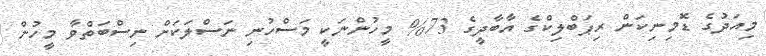
މިއަދުގެ ޑޮމިނިކަން ރިޕަބްލިކްގެ އާބާދީގެ 73% މީހުންނަކީ މަސްހުނި ނަސްލަކަށް ނިސްބަތްވާ މީހުން